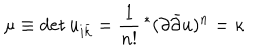
LaTeX: \mu \equiv \det u _ { i \bar { k } } = \frac { 1 } { n ! } \, ^ { * } ( \partial \bar { \partial } u ) ^ { n } = \kappa